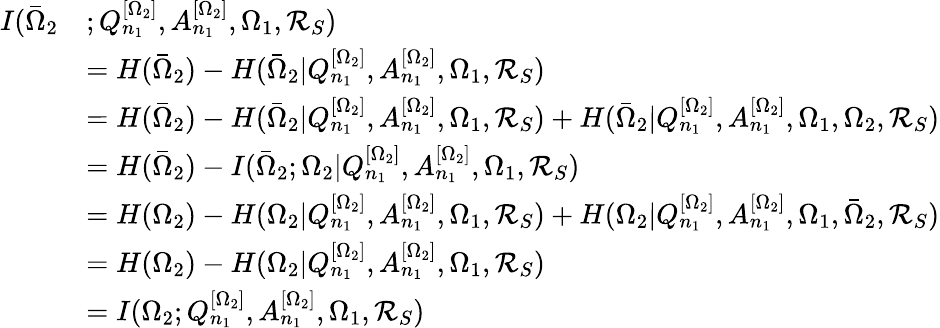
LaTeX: \begin{array}{rl}{I(\bar{\Omega}_{2}}&{;Q_{n_{1}}^{[\Omega_{2}]},A_{n_{1}}^{[\Omega_{2}]},\Omega_{1},\mathcal{R}_{S})}\\ &{=H(\bar{\Omega}_{2})-H(\bar{\Omega}_{2}|Q_{n_{1}}^{[\Omega_{2}]},A_{n_{1}}^{[\Omega_{2}]},\Omega_{1},\mathcal{R}_{S})}\\ &{=H(\bar{\Omega}_{2})-H(\bar{\Omega}_{2}|Q_{n_{1}}^{[\Omega_{2}]},A_{n_{1}}^{[\Omega_{2}]},\Omega_{1},\mathcal{R}_{S})+H(\bar{\Omega}_{2}|Q_{n_{1}}^{[\Omega_{2}]},A_{n_{1}}^{[\Omega_{2}]},\Omega_{1},\Omega_{2},\mathcal{R}_{S})}\\ &{=H(\bar{\Omega}_{2})-I(\bar{\Omega}_{2};\Omega_{2}|Q_{n_{1}}^{[\Omega_{2}]},A_{n_{1}}^{[\Omega_{2}]},\Omega_{1},\mathcal{R}_{S})}\\ &{=H(\Omega_{2})-H(\Omega_{2}|Q_{n_{1}}^{[\Omega_{2}]},A_{n_{1}}^{[\Omega_{2}]},\Omega_{1},\mathcal{R}_{S})+H(\Omega_{2}|Q_{n_{1}}^{[\Omega_{2}]},A_{n_{1}}^{[\Omega_{2}]},\Omega_{1},\bar{\Omega}_{2},\mathcal{R}_{S})}\\ &{=H(\Omega_{2})-H(\Omega_{2}|Q_{n_{1}}^{[\Omega_{2}]},A_{n_{1}}^{[\Omega_{2}]},\Omega_{1},\mathcal{R}_{S})}\\ &{=I(\Omega_{2};Q_{n_{1}}^{[\Omega_{2}]},A_{n_{1}}^{[\Omega_{2}]},\Omega_{1},\mathcal{R}_{S})}\end{array}